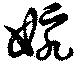
婉